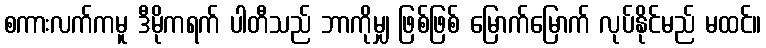
စကားလက်ကမူ ဒီမိုကရက် ပါတီသည် ဘာကိုမျှ ဖြစ်ဖြစ် မြောက်မြောက် လုပ်နိုင်မည် မထင်။